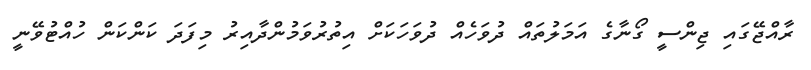
ރާއްޖޭގައި ޖިންސީ ގޯނާގެ އަމަލުތައް ދުވަހެއް ދުވަހަކަށް އިތުރުވަމުންދާއިރު މިފަދަ ކަންކަން ހުއްޓުވޭނީ